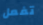
تفعل